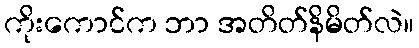
ကိုးကောင်က ဘာ အတိတ်နိမိတ်လဲ။